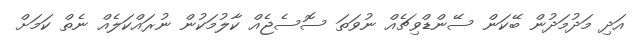
އަދި މަދުމަދުން ބޭކަން ސޭންޑްވިޗެއް ނުވަތަ ސޮސެޖެއް ކާލުމަކުން ނުރައްކަލެއް ނެތް ކަމަށް